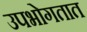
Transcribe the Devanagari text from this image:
उपभोगतात